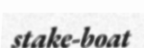
stake-boat